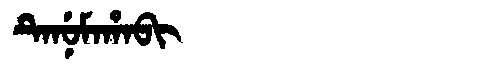
Manchu: ᡨᡝᠨᡠᠮᠠᡥᠠᠪᡳ
Romanization: TENUMAHABI